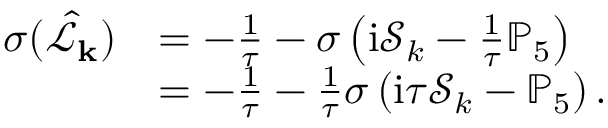
\begin{array} { r l } { \sigma ( \hat { \mathcal { L } } _ { \mathbf { k } } ) } & { = - \frac { 1 } { \tau } - \sigma \left( \mathrm { i } \mathcal { S } _ { k } - \frac { 1 } { \tau } \mathbb { P } _ { 5 } \right) } \\ & { = - \frac { 1 } { \tau } - \frac { 1 } { \tau } \sigma \left( \mathrm { i } \tau \mathcal { S } _ { k } - \mathbb { P } _ { 5 } \right) . } \end{array}